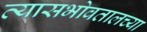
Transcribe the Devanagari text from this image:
त्यासभोवतालच्या